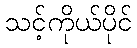
သင့်ကိုယ်ပိုင်